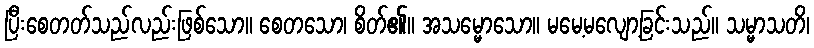
ပြီးစေတတ်သည်လည်းဖြစ်သော။ စေတသော၊ စိတ်၏။ အသမ္မောသော။ မမေ့မလျော့ခြင်းသည်။ သမ္မာသတိ၊